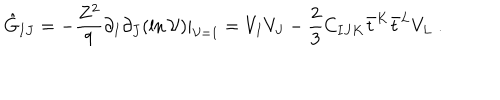
\hat { G } _ { I J } = - { \frac { Z ^ { 2 } } { 9 } } \partial _ { I } \partial _ { J } ( \ln { \cal V } ) | _ { { \cal V } = 1 } = V _ { I } V _ { J } - { \frac { 2 } { 3 } } C _ { I J K } \bar { t } ^ { K } \bar { t } ^ { L } V _ { L } \ .